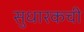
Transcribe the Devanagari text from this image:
सुधारकची